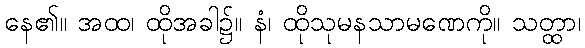
နေ၏။ အထ၊ ထိုအခါ၌။ နံ၊ ထိုသုမနသာမဏေကို။ သတ္ထာ၊